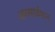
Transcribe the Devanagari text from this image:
अव्सार्वशन